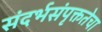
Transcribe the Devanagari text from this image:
संदर्भसंपृक्ततेचा